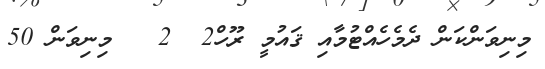
މިނިވަންކަން ދެމެހެއްޓުމާއި ޤައުމީ ރޫހް2  2   މިނިވަން 50